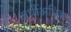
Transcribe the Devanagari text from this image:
अर्धीअधिक